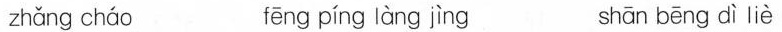
zhǎng cháo fēng píng làng jìng shān bēng dì liè